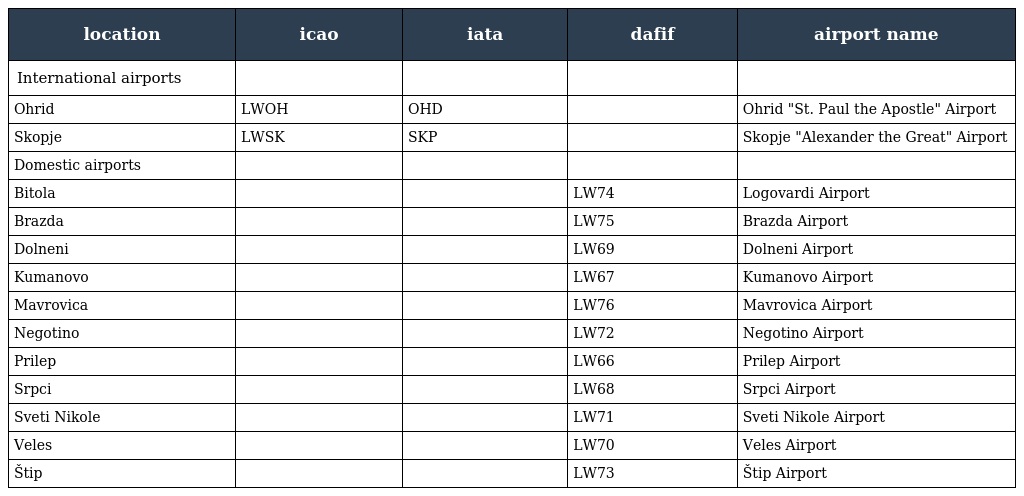
| location | icao | iata | dafif | airport name |
 | --- | --- | --- | --- | --- |
 | International airports |  |  |  |  |
 | Ohrid | LWOH | OHD |  | Ohrid "St. Paul the Apostle" Airport |
 | Skopje | LWSK | SKP |  | Skopje "Alexander the Great" Airport |
 | Domestic airports |  |  |  |  |
 | Bitola |  |  | LW74 | Logovardi Airport |
 | Brazda |  |  | LW75 | Brazda Airport |
 | Dolneni |  |  | LW69 | Dolneni Airport |
 | Kumanovo |  |  | LW67 | Kumanovo Airport |
 | Mavrovica |  |  | LW76 | Mavrovica Airport |
 | Negotino |  |  | LW72 | Negotino Airport |
 | Prilep |  |  | LW66 | Prilep Airport |
 | Srpci |  |  | LW68 | Srpci Airport |
 | Sveti Nikole |  |  | LW71 | Sveti Nikole Airport |
 | Veles |  |  | LW70 | Veles Airport |
 | Štip |  |  | LW73 | Štip Airport |